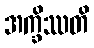
အက္ခိဿတိ